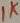
Text: 1K